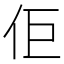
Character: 佢